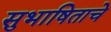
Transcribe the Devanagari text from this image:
सुभाषिताचे